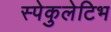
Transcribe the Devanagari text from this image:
स्पेकुलेटिभ